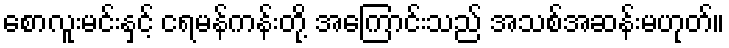
စောလူးမင်းနှင့် ငရမန်ကန်းတို့ အကြောင်းသည် အသစ်အဆန်းမဟုတ်။